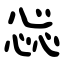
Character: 惢